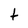
Character: t